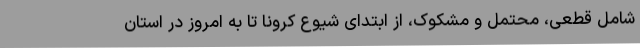
شامل قطعی، محتمل و مشکوک، از ابتدای شیوع کرونا تا به امروز در استان